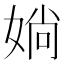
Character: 𡞀